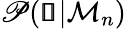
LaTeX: \mathscr{P}(\pmb{\mathscr{s}}|\mathcal{M}_{n})